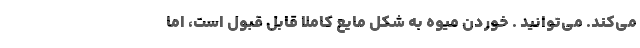
می‌کند. می‌توانید . خوردن میوه به شکل مایع کاملا قابل‌ قبول است، اما